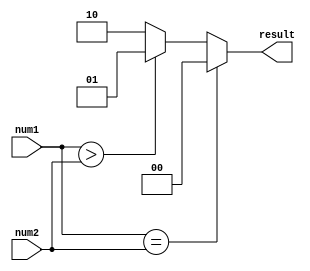
module fixed_point_comparator (
    input signed [7:0] num1,
    input signed [7:0] num2,
    output reg [1:0] result
);

always @* begin
    if (num1 == num2) begin
        result = 2'b00; // Equal
    end else if (num1 > num2) begin
        result = 2'b01; // Greater than
    end else begin
        result = 2'b10; // Less than
    end
end

endmodule